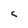
Character: C